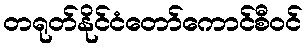
တရုတ်နိုင်ငံတော်ကောင်စီဝင်